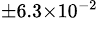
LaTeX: ^{\pm 6.3\times 10^{-2}}